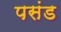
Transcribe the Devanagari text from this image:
पसंड